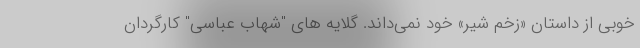
خوبی از داستان «زخم شیر» خود نمی‌داند. گلایه های "شهاب عباسی" کارگردان